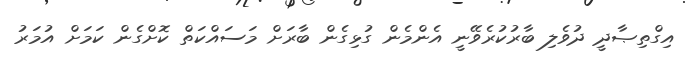
އިގްތިޞާދީ ދުވެލި ބާރުކުރެވޭނީ އެންމެން ގުޅިގެން ބާރަށް މަސައްކަތް ކޮށްގެން ކަމަށް އުމަރު